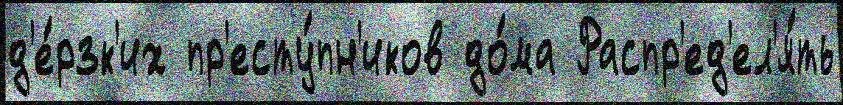
д'е́рзк'их пр'есту́пн'иков до́ма Распр'ед'ел'я́ть